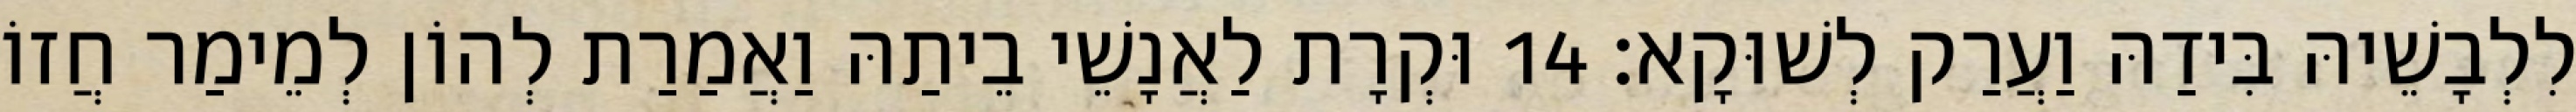
לִלְבָשֵׁיהּ בִּידַהּ וַעֲרַק לְשׁוּקָא׃ 14 וּקְרָת לַאֲנָשֵׁי בֵיתַהּ וַאֲמַרַת לְהוֹן לְמֵימַר חֲזוֹ